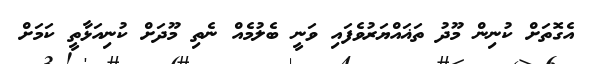
އެގޮތަށް ކުނިން މޫދު ތަޣައްޔަރުވެފައި ވަނީ ބެލުމެއް ނެތި މޫދަށް ކުނިއަޅާތީ ކަމަށް